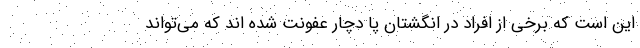
این است که برخی از افراد در انگشتان پا دچار عفونت شده اند که می‌تواند